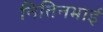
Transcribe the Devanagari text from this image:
नितिनभाई